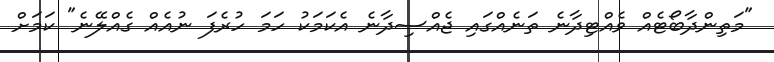
"މަތިންދާބޯޓެއް ވެއްޓިދާނެ ތަނެއްގައި ޖެއްސިދާނެ އެކަމަކު ހަމަ ހުރެފަ ނުއެއް ގެއްލޭނެ" ކަމަށް